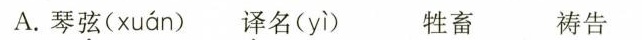
A.琴弦( xuán ) 译名( yì ) 牲畜 祷告